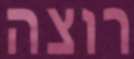
רוצה